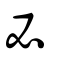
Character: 必